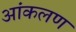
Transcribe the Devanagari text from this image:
आंकलण